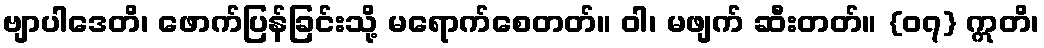
ဗျာပါဒေတိ၊ ဖောက်ပြန်ခြင်းသို့ မရောက်စေတတ်။ ဝါ၊ မဖျက် ဆီးတတ်။ {၀၇} ဣတိ၊